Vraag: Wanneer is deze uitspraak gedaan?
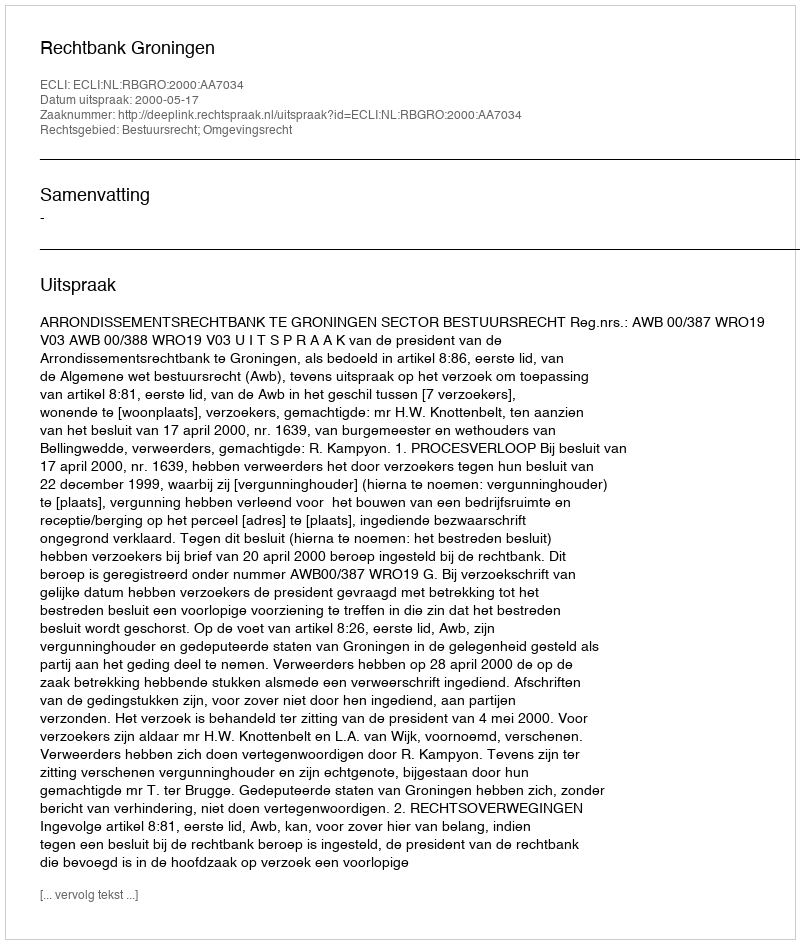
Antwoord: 2000-05-17